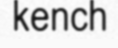
kench